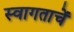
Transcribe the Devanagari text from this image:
स्वागताचें